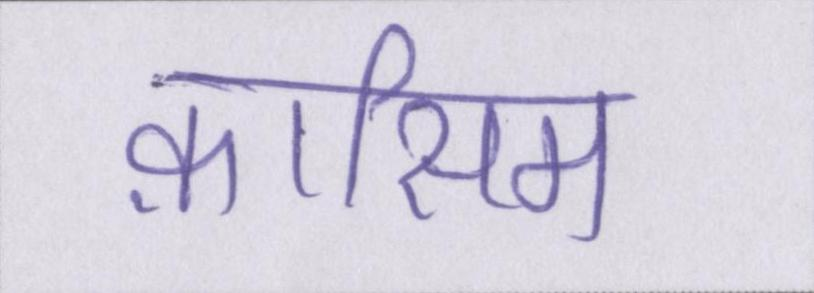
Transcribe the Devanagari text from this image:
क़ासिम